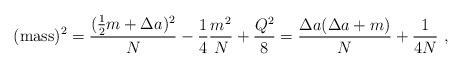
LaTeX: \begin{align*}({\rm mass})^2 = {(\frac{1}{2}m+\Delta a)^2 \over N}-\frac{1}{4}{m^2\over N}+ \frac{Q^2}{8}={\Delta a(\Delta a+m)\over N} + \frac{1}{4N}~,\end{align*}